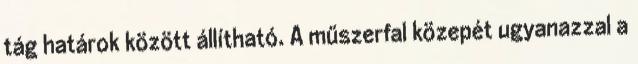
tág határok között állítható. A műszerfal közepét ugyanazzal a